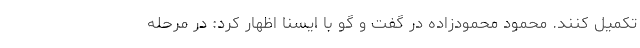
تکمیل کنند. محمود محمودزاده در گفت و گو با ایسنا اظهار کرد: در مرحله